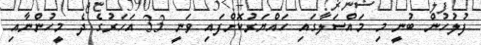
ފުލުހުން ބުނީ މި މައްސަލާގައި ހައްޔަރުކޮށްފައި ވަނީ 33 އަހަރުގެ ދެ މީހުންނާއި